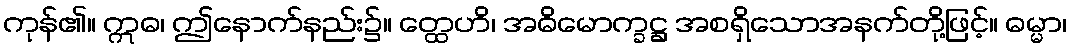
ကုန်၏။ ဣဓ၊ ဤနောက်နည်း၌။ တ္ထေဟိ၊ အဓိမောက္ခဋ္ဌ အစရှိသောအနက်တို့ဖြင့်။ ဓမ္မာ၊